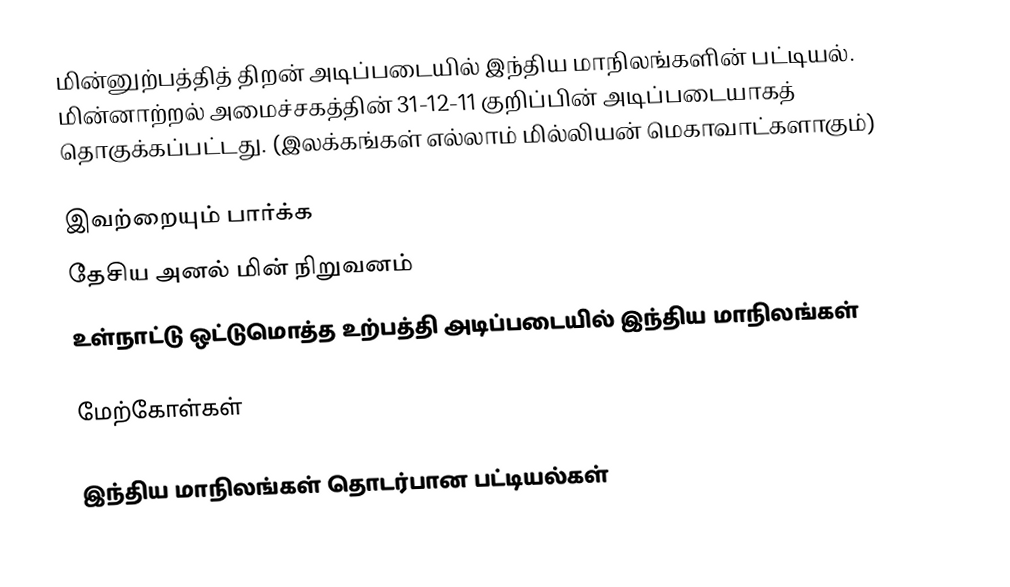
மின்னுற்பத்தித் திறன் அடிப்படையில் இந்திய மாநிலங்களின் பட்டியல். மின்னாற்றல் அமைச்சகத்தின் 31-12-11 குறிப்பின் அடிப்படையாகத் தொகுக்கப்பட்டது. (இலக்கங்கள் எல்லாம் மில்லியன் மெகாவாட்களாகும்)

இவற்றையும் பார்க்க
 தேசிய அனல் மின் நிறுவனம்
 உள்நாட்டு ஒட்டுமொத்த உற்பத்தி அடிப்படையில் இந்திய மாநிலங்கள்

மேற்கோள்கள்

இந்திய மாநிலங்கள் தொடர்பான பட்டியல்கள்